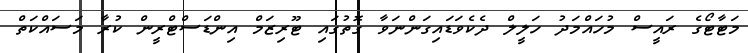
މަޓާޓޯގެ ރައީސް މުހައްމަދު ހަލީލް ދެކެވަޑައިގަންނަވާ ގޮތުގައި ޓޫރިޒަމް އިންޑަސްޓްރީން ކުރާ މަސައްކަތް